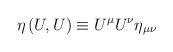
LaTeX: \begin{align*} \eta\left(U,U\right) \equiv U^\mu U^\nu \eta_{\mu\nu}\end{align*}